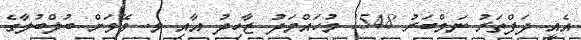
އެއީ ދަފްތަރު ނަމްބަރު 1548 މުހައްމަދު ޒާހިދު އާއި މ. ވޭވަށް ބުލްބުލާގެ